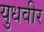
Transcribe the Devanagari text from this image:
युधवीर